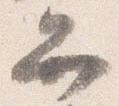
弁